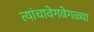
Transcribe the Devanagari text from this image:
त्यांचावेगवेगळ्या